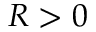
R > 0